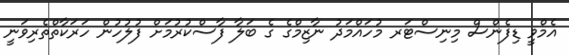
އެމްވީ ޑިފެންސް މިނިސްޓަރ މުހައްމަދު ނާޒިމްގެ ގެ ބަލާ ފާސްކުރުމަށް ފުލުހުން ހަރަކާތްތެރިވަނީ